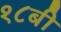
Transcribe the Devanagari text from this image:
१८बी